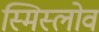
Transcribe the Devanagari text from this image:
स्मिस्लोव